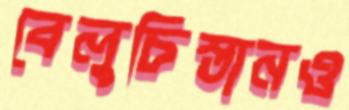
বেলুচিস্তানও